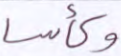
وكأسا